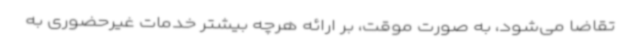
تقاضا می‌شود، به صورت موقت، بر ارائه هرچه بیشتر خدمات غیرحضوری به